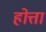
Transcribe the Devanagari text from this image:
होत्ता